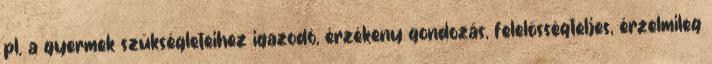
pl. a gyermek szükségleteihez igazodó, érzékeny gondozás, felelősségteljes, érzelmileg